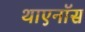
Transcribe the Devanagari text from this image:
थाएनॉस